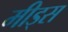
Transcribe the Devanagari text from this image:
मीड्स